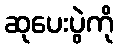
ဆုပေးပွဲကို